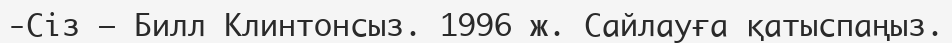
-Сіз – Билл Клинтонсыз. 1996 ж. Сайлауға қатыспаңыз.